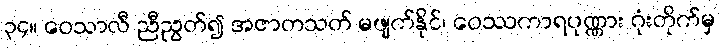
၃၄။ ဝေသာလီ ညီညွတ်၍ အဇာတသတ် မဖျက်နိုင်၊ ဝေဿကာရပုဏ္ဏား ဂုံးတိုက်မှ